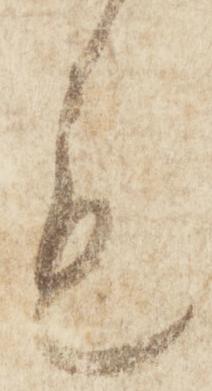
も